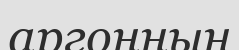
аргонның